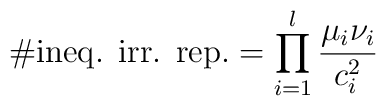
\# \mbox{ineq. irr. rep.} 	= \prod_{i=1}^l \frac{ \mu_i \nu_i }{c_i^2}